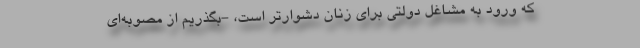
که ورود به مشاغل دولتی برای زنان دشوارتر است، -بگذریم از مصوبه‌ای